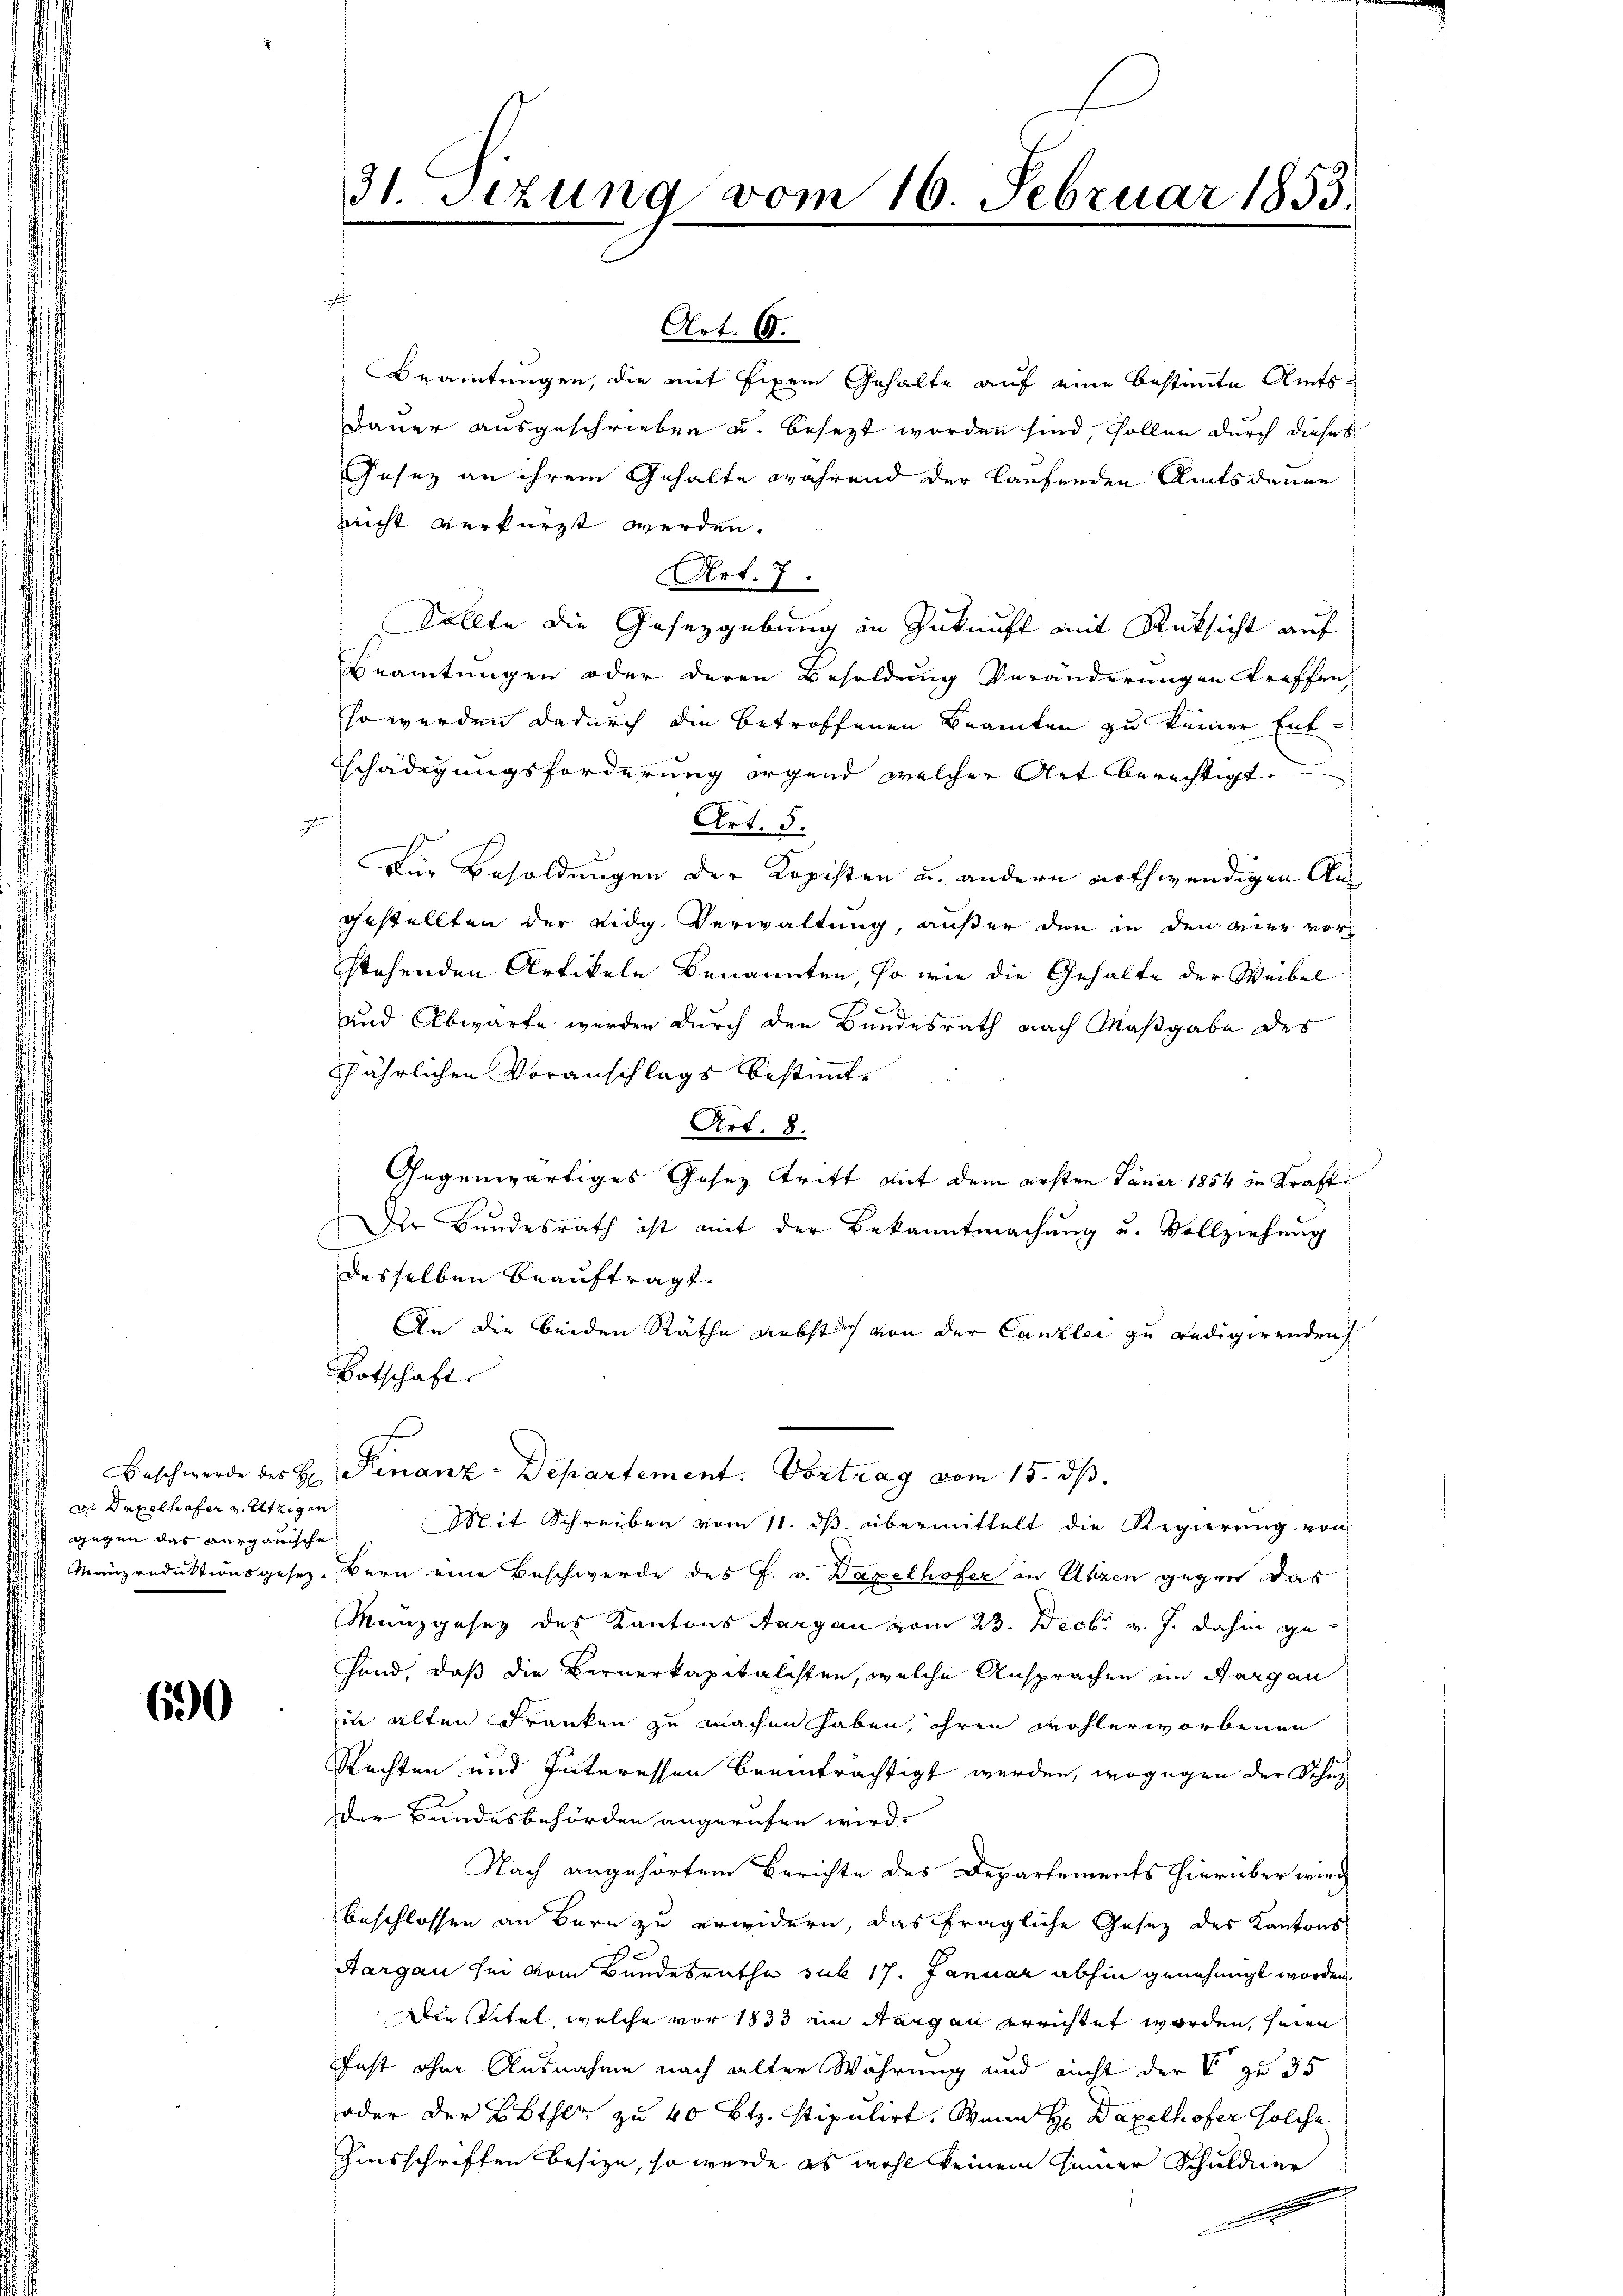
Beschwerde des H
An Taxelhofer u. Utigen.
gegen das Aargauische
Manzredaktionsgesez¬

690

.

31. Sezung vom 16. Februar 1853.

¬
Art. 6.
Beamtungen, die mit Eigen Gehalte auf eine bestimmte Amts¬
Dauer ausgeschrieben u. besezt worden sind, sollen durch dieses
Gesez an ihrem Gehalte während der laufenden Amtsdanne
Richt verkürzt werden.
Art. 7.
Sollte die Gesetzgebung in Zukunft mit Rücksicht auf
Beamtungen oder deren Besoldung Veränderungen treffen,
so werden dadurch den betroffenen Beamten zu keiner Entschädigungsforderung irgend welcher Art berechtigt.
Art. 5.
Für Besoldungen der Kopisten u. andern nothwendigen An
gestellten der Vidg. Verwaltung, außer den in den vier vorstehenden Artikeln benannten, so wie die Gehalte der Weibel
d
und Abwarte werden durch den Bundesrath nach Maßgabe des
schährlichen Voranschlags bestimmte
Art. 8.
Gegenwärtiges Gesez Stritt mit dem ersten Jäner 1854 in Kraft
Dr Bundesrath ist mit der Bekanntmachung u. Vollziehung
desselben beauftragt.
An die beiden Räthe Diebstuch von der Canzlei zu redigirenden
Botschaft
Finanz-Departement. Vortrag vom 15. ds.
Mit Schreiben vom 11. dβ übermittelt die Regierung von
Bern eine Beschwerde des F. v. Bapelhofer in Utzen gegen das
Munzgesez des Kantons Aargau vom 23. Decbr v. J. dahin gehand, daß die Bernerkapitalisten, welche Ansprachen am Aargau
in alten Franken zu machen haben, ihren wohlerworbenen
Rechten und Interessen beeinträchtigt werden, wogegen der Schuz
der Bandesbehörden angerufen wird.
Nach angehörtem Berichte des Departements hierüber wird
beschlossen an Bern zu erwidern, das fragliche Gesez des Kantons
Aargau sei vom Bundesrathe sub 17. Januar abhin genehmigt worden.
Die Titel, welche vor 1833 ein Sargau errichtet worden, seien
fast ohne Ausnahme nach alter Währung und nicht der V zu 35
oder der Bethe zu 40 Btz. stipulirt. Wenn H: Daxelhofer solche
Zinsschriften besitze, so werde es wohl keinem seiner Schuldner
E